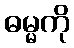
ဓမ္မကို